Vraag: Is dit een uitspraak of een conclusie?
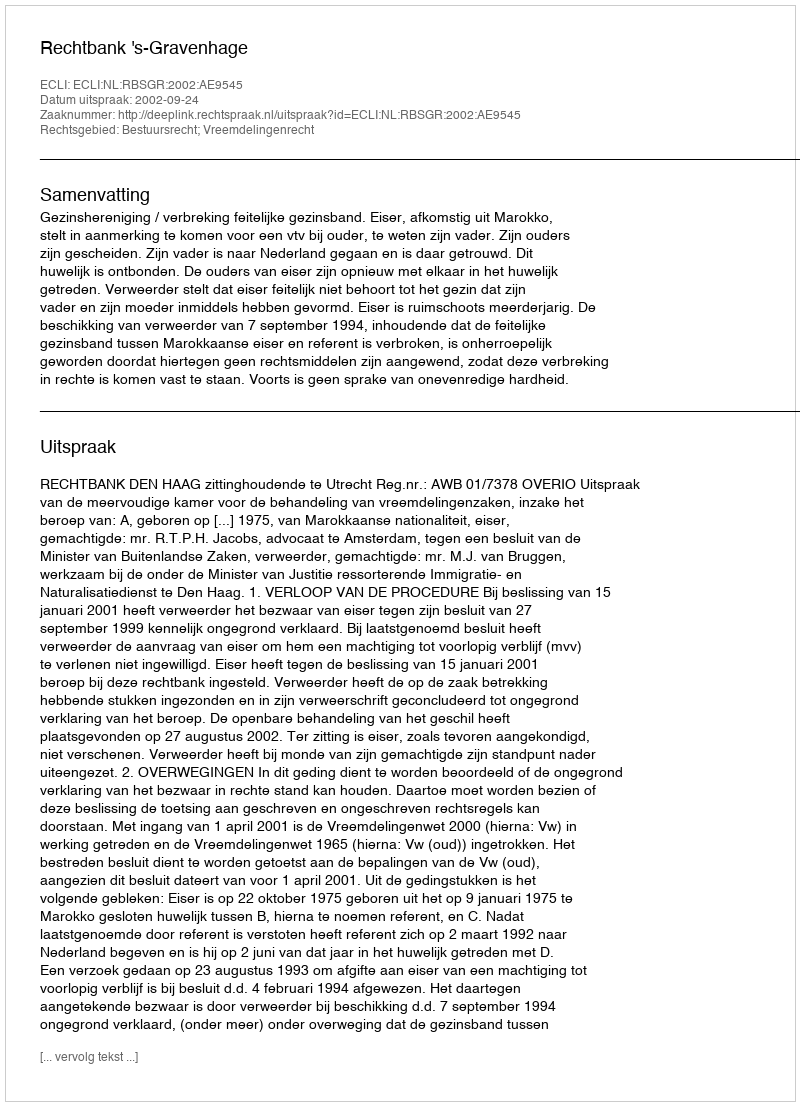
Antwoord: Uitspraak